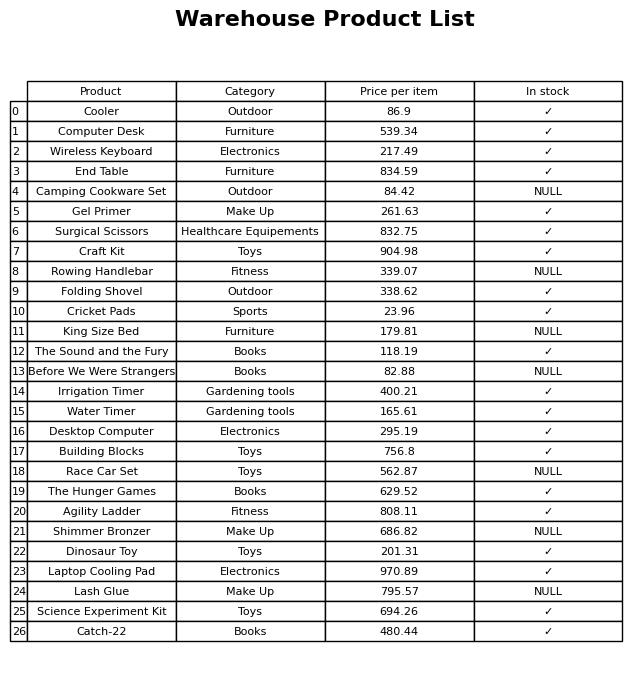
question: Is the Computer Desk in stock?
answer: ✓